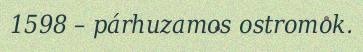
1598 – párhuzamos ostromok.